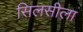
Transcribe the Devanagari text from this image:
सिलसीला